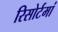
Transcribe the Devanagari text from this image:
रिसोर्टमां